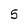
Character: 5